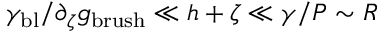
\gamma _ { \mathrm { b l } } / \partial _ { \zeta } g _ { \mathrm { b r u s h } } \ll h + \zeta \ll \gamma / P \sim R